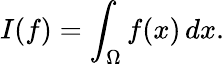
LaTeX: I(f)=\int_{\Omega}f(x)\, dx.